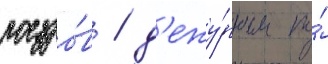
поездо́в / д'ежу́рным по́